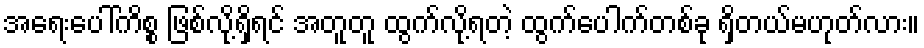
အရေးပေါ်ကိစ္စ ဖြစ်လို့ရှိရင် အတူတူ ထွက်လို့ရတဲ့ ထွက်ပေါက်တစ်ခု ရှိတယ်မဟုတ်လား။